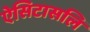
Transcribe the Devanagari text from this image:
ऐसिटासलि